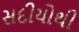
સદીયોથી